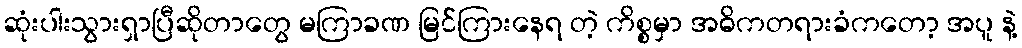
ဆုံးပါးသွားရှာပြီဆိုတာတွေ မကြာခဏ မြင်ကြားနေရ တဲ့ ကိစ္စမှာ အဓိကတရားခံကတော့ အပူ နဲ့